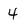
Character: 4